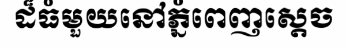
ដ៏ធំមួយនៅភ្នំពេញស្តេច